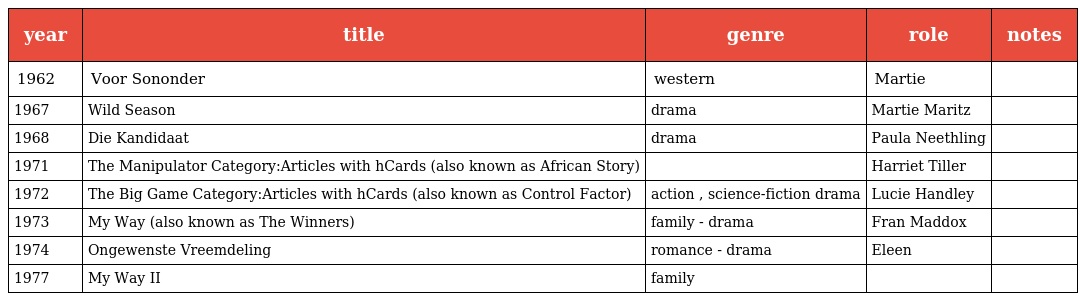
| year | title | genre | role | notes |
 | --- | --- | --- | --- | --- |
 | 1962 | Voor Sononder | western | Martie |  |
 | 1967 | Wild Season | drama | Martie Maritz |  |
 | 1968 | Die Kandidaat | drama | Paula Neethling |  |
 | 1971 | The Manipulator Category:Articles with hCards (also known as African Story) |  | Harriet Tiller |  |
 | 1972 | The Big Game Category:Articles with hCards (also known as Control Factor) | action , science-fiction drama | Lucie Handley |  |
 | 1973 | My Way (also known as The Winners) | family - drama | Fran Maddox |  |
 | 1974 | Ongewenste Vreemdeling | romance - drama | Eleen |  |
 | 1977 | My Way II | family |  |  |